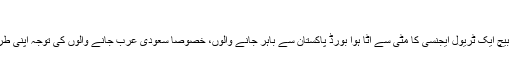
فروری 19, 2019	324 Views
چاندنی چوک پر کئی عمارتوں کے بیچ و بیچ ایک ٹریول ایجنسی کا مٹی سے اٹا ہوا بورڈ پاکستان سے باہر جانے والوں، خصوصاً سعودی عرب جانے والوں کی توجہ اپنی طرف مرکوز کرنے کی کوشش کر رہا ہے۔